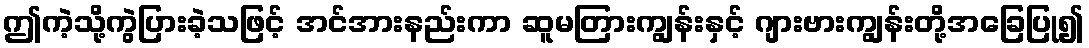
ဤကဲ့သို့ကွဲပြားခဲ့သဖြင့် အင်အားနည်းကာ ဆူမတြားကျွန်းနှင့် ဂျားဗားကျွန်းတို့အခြေပြု၍